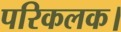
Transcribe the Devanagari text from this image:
परिकलक।